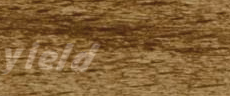
yield